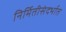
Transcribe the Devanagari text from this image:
निर्मितीसंदर्भात